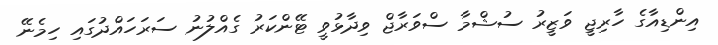
އިންޑިއާގެ ހާރިޖީ ވަޒީރު ސުޝްމާ ސްވަރާޖް ވިދާޅުވީ ޓޭންކަރު ގެއްލުނު ސަރަހައްދުގައި ހިމެނޭ